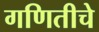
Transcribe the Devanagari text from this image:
गणितीचे